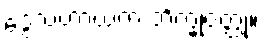
ဒွေသဟာယက ဘိက္ခုဝတ္ထု။